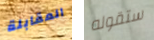
المقابلة ستقوله